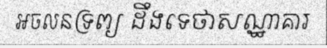
អចលនទ្រព្យ ដឹងទេថាសណ្ឋាគារ